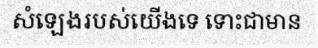
សំឡេងរបស់យើងទេ ទោះជាមាន